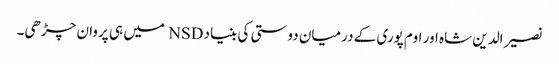
نصیر الدین شاہ اور اوم پوری کے درمیان دوستی کی بنیاد NSD میں ہی پروان چڑھی۔